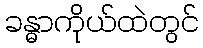
ခန္ဓာကိုယ်ထဲတွင်